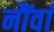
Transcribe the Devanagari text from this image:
नौंवां